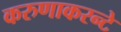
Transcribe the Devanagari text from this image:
करुणाकरन्टे